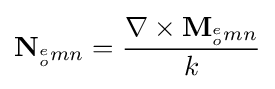
\mathbf {N} _{^{e}_{o}mn}={\frac {\nabla \times \mathbf {M} _{^{e}_{o}mn}}{k}}